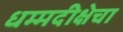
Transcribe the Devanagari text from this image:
धम्मदीक्षेचा